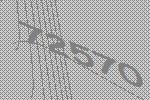
72570